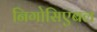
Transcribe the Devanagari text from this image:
निगोसिएबल